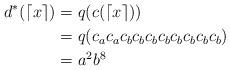
LaTeX: \begin{align*}d^*(\lceil x \rceil)&= q(c(\lceil x \rceil)) \\&= q(c_ac_ac_bc_bc_bc_bc_bc_bc_bc_b) \\&= a^2b^8\end{align*}